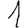
Digit: 1